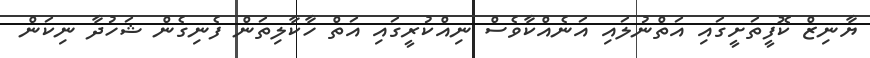
ޔާނިޒް ކޮފީތަށީގައި އަތްނުލައި އަނެއްކާވެސް ނިއްކުރީގައި އަތް ހާކާލިތަން ފެނިގެން ޝަހުދާ ނިކަން